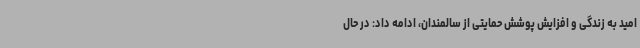
امید به زندگی و افزایش پوشش حمایتی از سالمندان، ادامه داد: در حال